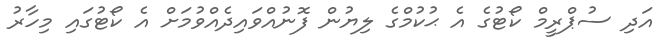
އަދި ސުޕްރީމް ކޯޓުގެ އެ ޙުކުމްގެ ލިޔުން ފޮނުއްވައިދެއްވުމަށް އެ ކޯޓުގައި މިހާރު